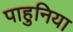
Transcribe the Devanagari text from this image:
पाहुनिया